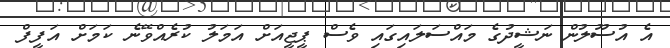
އެ އުސޫލުން ނަޝީދުގެ މައްސަލައިގައި ވެސް ޕީޖީއަށް އަމަލު ކުރެއްވޭނެ ކަމަށް އަފީފް